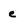
Character: e